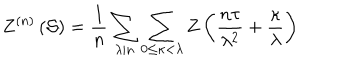
Z ^ { ( n ) } \left( \mathcal { S } \right) = \frac { 1 } { n } \sum _ { \lambda | n } \sum _ { 0 \leq \kappa < \lambda } Z \left( \frac { n \tau } { \lambda ^ { 2 } } + \frac { \kappa } { \lambda } \right)